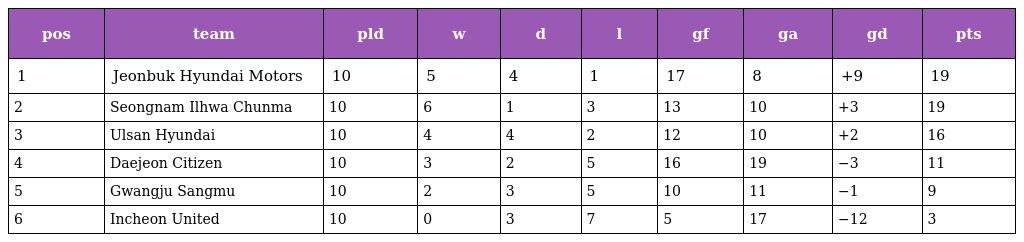
| pos | team | pld | w | d | l | gf | ga | gd | pts |
 | --- | --- | --- | --- | --- | --- | --- | --- | --- | --- |
 | 1 | Jeonbuk Hyundai Motors | 10 | 5 | 4 | 1 | 17 | 8 | +9 | 19 |
 | 2 | Seongnam Ilhwa Chunma | 10 | 6 | 1 | 3 | 13 | 10 | +3 | 19 |
 | 3 | Ulsan Hyundai | 10 | 4 | 4 | 2 | 12 | 10 | +2 | 16 |
 | 4 | Daejeon Citizen | 10 | 3 | 2 | 5 | 16 | 19 | −3 | 11 |
 | 5 | Gwangju Sangmu | 10 | 2 | 3 | 5 | 10 | 11 | −1 | 9 |
 | 6 | Incheon United | 10 | 0 | 3 | 7 | 5 | 17 | −12 | 3 |